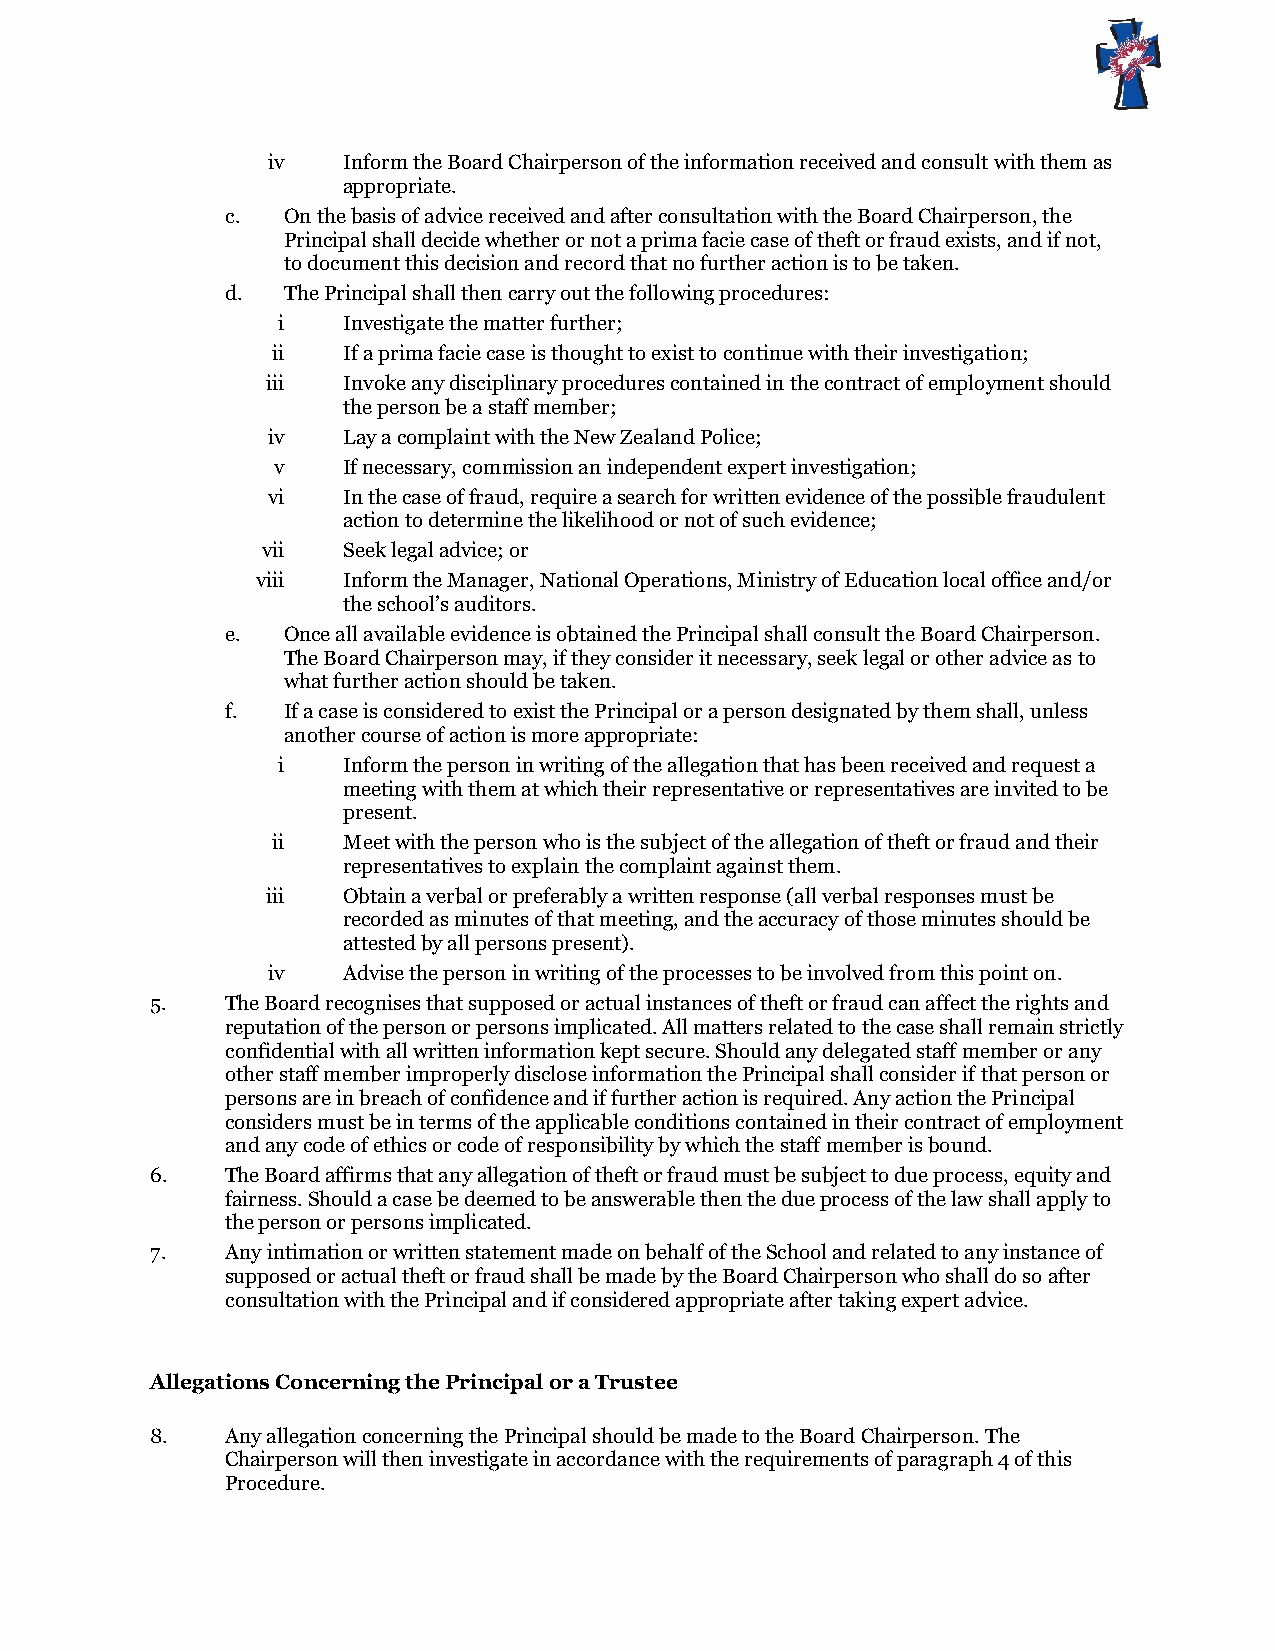
iv   Inform the Board Chairperson of the information received and consult with them as
 appropriate.
 c.  On the basis of advice received and after consultation with the Board Chairperson, the
 Principal shall decide whether or not a prima facie case of theft or fraud exists, and if not,
 to document this decision and record that no further action is to be taken.
 d.  The Principal shall then carry out the following procedures:
 i    Investigate the matter further;
 ii   If a prima facie case is thought to exist to continue with their investigation;
 iii  Invoke any disciplinary procedures contained in the contract of employment should
 the person be a staff member;
 iv   Lay a complaint with the New Zealand Police;
 v    If necessary, commission an independent expert investigation;
 vi   In the case of fraud, require a search for written evidence of the possible fraudulent
 action to determine the likelihood or not of such evidence;
 vii   Seek legal advice; or
 viii  Inform the Manager, National Operations, Ministry of Education local office and/or
 the school’s auditors.
 e.  Once all available evidence is obtained the Principal shall consult the Board Chairperson.
 The Board Chairperson may, if they consider it necessary, seek legal or other advice as to
 what further action should be taken.
 f.  If a case is considered to exist the Principal or a person designated by them shall, unless
 another course of action is more appropriate:
 i    Inform the person in writing of the allegation that has been received and request a
 meeting with them at which their representative or representatives are invited to be
 present.
 ii   Meet with the person who is the subject of the allegation of theft or fraud and their
 representatives to explain the complaint against them.
 iii  Obtain a verbal or preferably a written response (all verbal responses must be
 recorded as minutes of that meeting, and the accuracy of those minutes should be
 attested by all persons present).
 iv   Advise the person in writing of the processes to be involved from this point on.
 5.   The Board recognises that supposed or actual instances of theft or fraud can affect the rights and
 reputation of the person or persons implicated. All matters related to the case shall remain strictly
 confidential with all written information kept secure. Should any delegated staff member or any
 other staff member improperly disclose information the Principal shall consider if that person or
 persons are in breach of confidence and if further action is required. Any action the Principal
 considers must be in terms of the applicable conditions contained in their contract of employment
 and any code of ethics or code of responsibility by which the staff member is bound.
 6.   The Board affirms that any allegation of theft or fraud must be subject to due process, equity and
 fairness. Should a case be deemed to be answerable then the due process of the law shall apply to
 the person or persons implicated.
 7.   Any intimation or written statement made on behalf of the School and related to any instance of
 supposed or actual theft or fraud shall be made by the Board Chairperson who shall do so after
 consultation with the Principal and if considered appropriate after taking expert advice.
 Allegations Concerning the Principal or a Trustee
 8.   Any allegation concerning the Principal should be made to the Board Chairperson. The
 Chairperson will then investigate in accordance with the requirements of paragraph 4 of this
 Procedure.